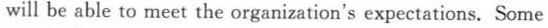
will be able to meet the organization's expectations. Some